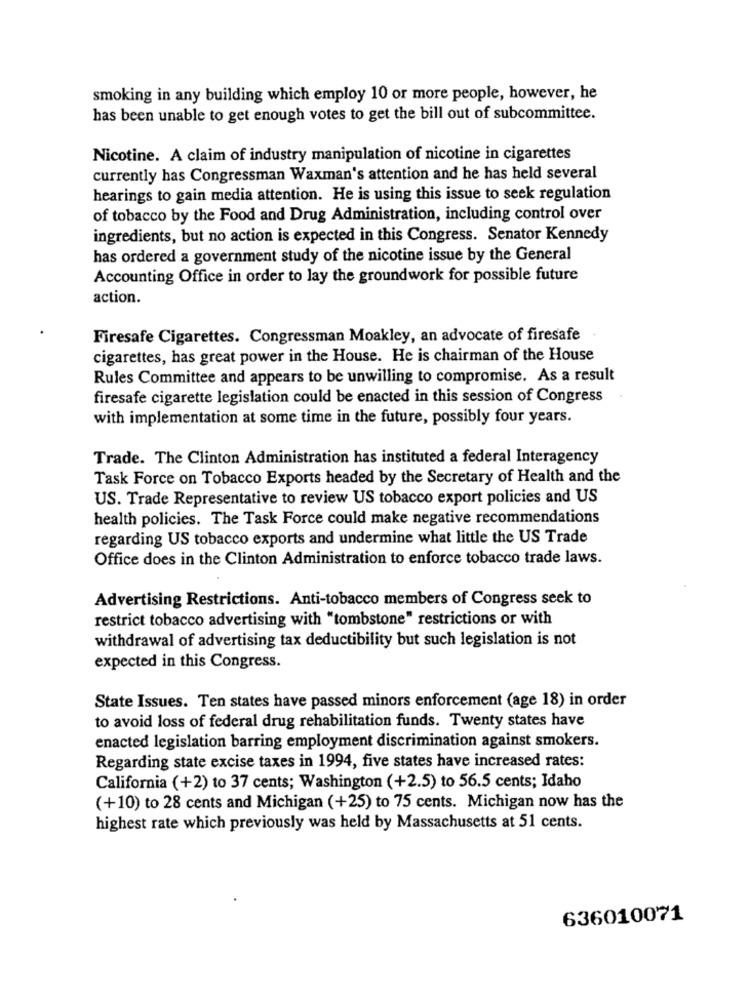
smoking in any building which employ 10 or more people, however, he
has been unable to get enough votes to get the bill out of subcommittee.
Nicotine. A claim of industry manipulation of nicotine in cigarettes
currently has Congressman Waxman's attention and he has held several
hearings to gain media attention. He is using this issue to seek regulation
of tobacco by the Food and Drug Administration, including control over
ingredients, but no action is expected in this Congress. Senator Kennedy
has ordered a government study of the nicotine issue by the General
Accounting Office in order to lay the groundwork for possible future
action.
Firesafe Cigarettes. Congressman Moakley, an advocate of firesafe
cigarettes, has great power in the House. He is chairman of the House
Rules Committee and appears to be unwilling to compromise. As a result
firesafe cigarette legislation could be enacted in this session of Congress
with implementation at some time in the future, possibly four years.
Trade. The Clinton Administration has instituted a federal Interagency
Task Force on Tobacco Exports headed by the Secretary of Health and the
US. Trade Representative to review US tobacco export policies and US
health policies. The Task Force could make negative recommendations
regarding US tobacco exports and undermine what little the US Trade
Office does in the Clinton Administration to enforce tobacco trade laws.
Advertising Restrictions. Anti-tobacco members of Congress seek to
restrict tobacco advertising with "tombstone" restrictions or with
withdrawal of advertising tax deductibility but such legislation is not
expected in this Congress.
State Issues. Ten states have passed minors enforcement (age 18) in order
to avoid loss of federal drug rehabilitation funds. Twenty states have
enacted legislation barring employment discrimination against smokers.
Regarding state excise taxes in 1994, five states have increased rates:
California (+2) to 37 cents; Washington (+2.5) to 56.5 cents; Idaho
(+10) to 28 cents and Michigan (+25) to 75 cents. Michigan now has the
highest rate which previously was held by Massachusetts at 51 cents.
636010071